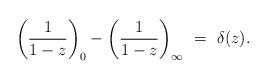
LaTeX: \begin{align*}\left({1\over 1-z}\right)_0 - \left({1\over 1-z}\right)_\infty \,\,=\,\,\delta(z). \end{align*}